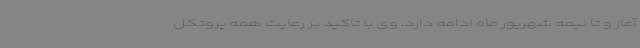
آغاز و تا نیمه شهریور ماه ادامه دارد. وی با تاکید بر رعایت همه پروتکل